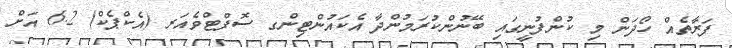
ފަރާތެއް ހޯދަން މި ކުންފުނީގައި ބޭނުންކުރަމުންދާ އެކައުންޓިންގ ސޮފްޓްވެއަރ (އެކްޕެކް) 6.2 އަށް